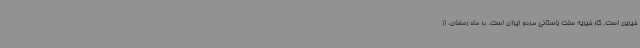
خیرین است. کار خیریه سنت باستانی مردم ایران است. در ماه رمضان، از